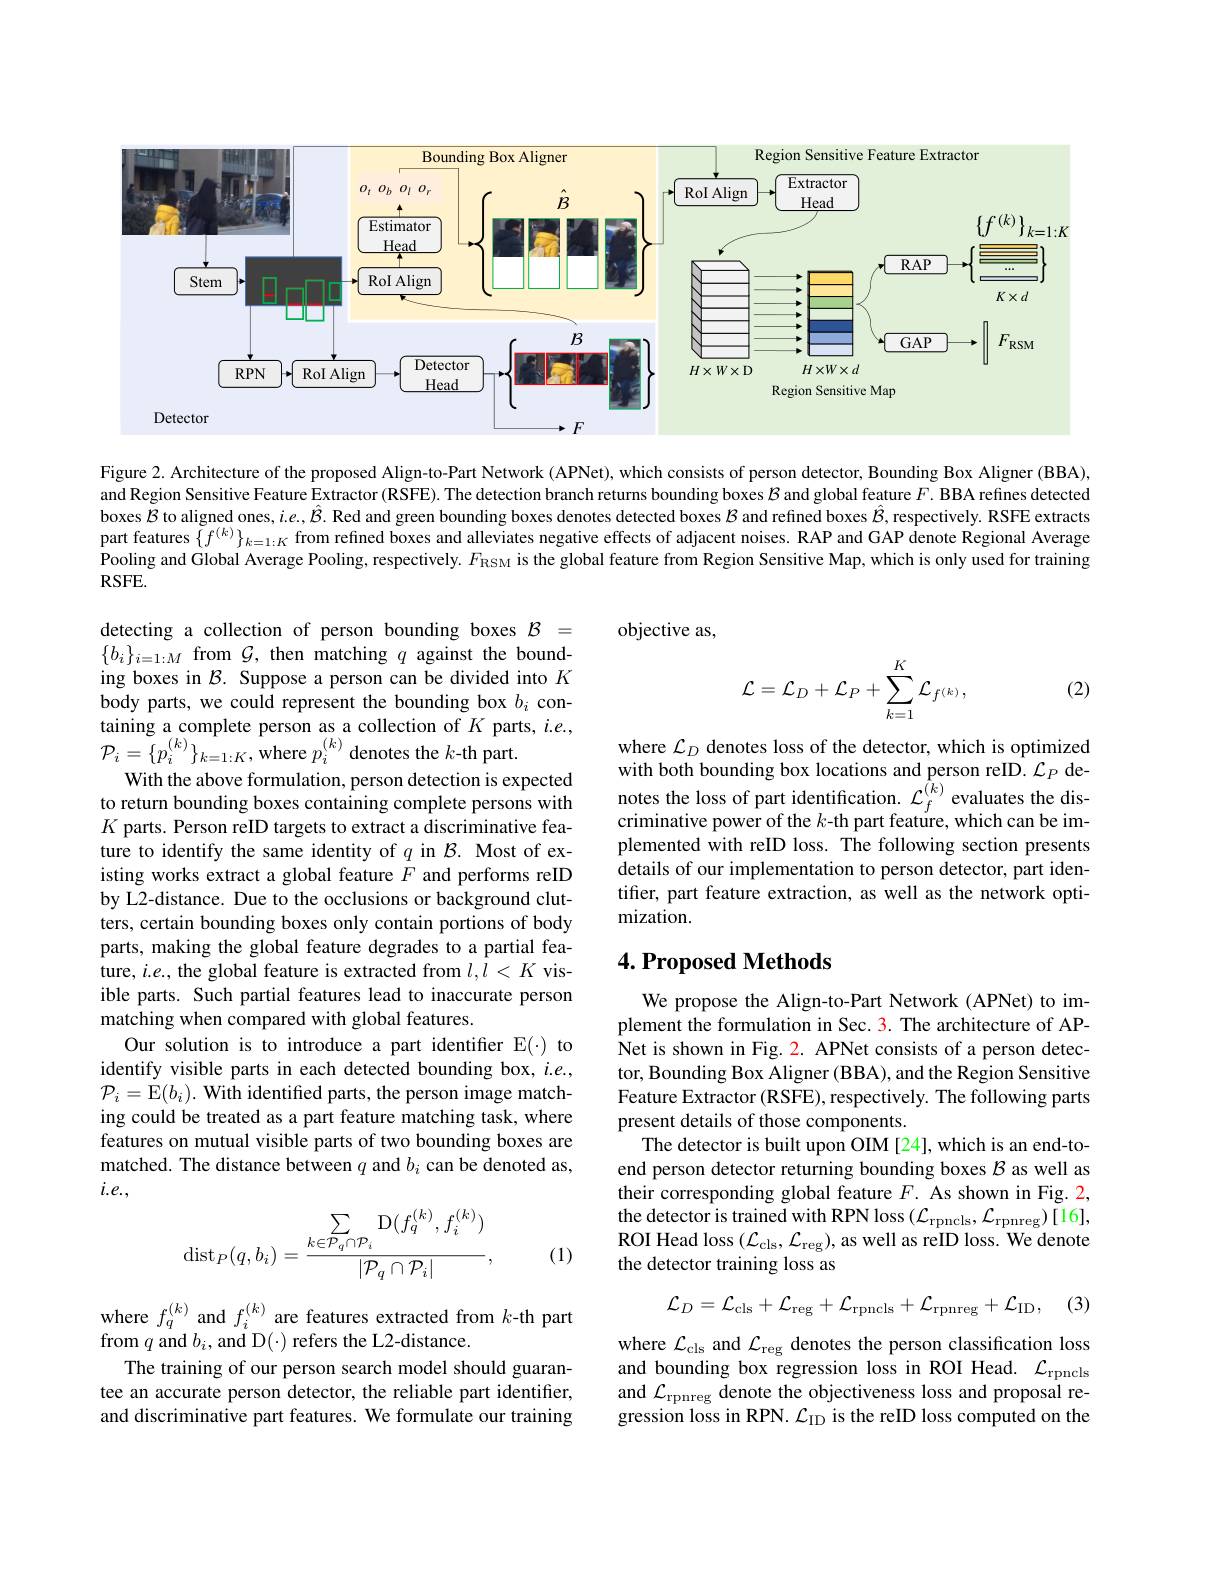
<FigureHere>

Figure 2. Architecture of the proposed Align-to-Part Network ( APNet), which consists of person detector, Bounding Box Aligner ( BBA), and Region Sensitive Feature Extractor (RSFE). The detection branch returns bounding boxes $\mathcal{B}$ and global feature $F.$ BBA refines detected boxes $\tilde{B}$ to aligned ones, $i.e.\hat{B}.$ Red and green bounding boxes denotes detected boxes $\mathcal{B}$ and refined boxes $\hat{\mathcal{B}}$, respectively. RSFE extracts part features $\{f^{(k)}\}_{k=1:K}$ from refined boxes and alleviates negative effects of adjacent noises. RAP and GAP denote Regional Average Pooling and Global Average Pooling, respectively. $F_{\mathrm{RSM}}$ is the global feature from Region Sensitive Map, which is only used for training $RSFE.$

objective as

(2)
$$\mathcal{L}=\mathcal{L}_{D}+\mathcal{L}_{P}+\sum_{k=1}^{K}\mathcal{L}_{f^{(k)}},$$
where $\mathcal{L}_D$ denotes loss of the detector, which is optimized with both bounding box locations and person reID. $\mathcal{L}_P$ denotes the loss of part identification. $\mathcal{L} _{f}^{( k) }$ evaluates the dis- criminative power of the $k$- th part feature, which can be implemented with reID loss. The following section presents details of our implementation to person detector, part identifier, part feature extraction, as well as the network optimization.

detecting a collection of person bounding boxes $\mathcal{B}=$ $\{b_i\}_{i=1:M}$ from $\mathcal{G}$, then matching $q$ against the bounding boxes in $\mathcal{B}.$ Suppose a person can be divided into $K$ body parts, we could represent the bounding box $b_i$ containing a complete person as a collection of $K$ parts, $i.e.$, ${\mathcal P}_{i}=\{p_{i}^{(k)}\}_{k=1:K}$,where $p_{i}^{(k)}$ denotes the $k$-th part.
With the above formulation, person detection is expected to return bounding boxes containing complete persons with $K$ parts. Person reID targets to extract a discriminative feature to identify the same identity of $q$ in $\mathcal{B}.$ Most of existing works extract a global feature $F$ and performs reID by L2-distance. Due to the occlusions or background clutters, certain bounding boxes only contain portions of body parts, making the global feature degrades to a partial feature, $i.e.$, the global feature is extracted from $l,\bar{l}<K$ visible parts. Such partial features lead to inaccurate person matching when compared with global features.
Our solution is to introduce a part identifer E(-) to identify visible parts in each detected bounding box, $i.e.$, $\mathcal{P}_{i}=$E$( b_i) . \textbf{ With identified parts, the person image match- }$ ing could be treated as a part feature matching task, where features on mutual visible parts of two bounding boxes are matched. The distance between $q$ and $b_i$ can be denoted as, $i.e.$,
$$\operatorname{dist}_P(q,b_i)=\frac{\sum\limits_{k\in\mathcal{P}_q\cap\mathcal{P}_i}\operatorname{D}(f_q^{(k)},f_i^{(k)})}{|\mathcal{P}_q\cap\mathcal{P}_i|},$$
## $4. \textbf{Proposed Methods}$

We propose the Align-to-Part Network (APNet) to implement the formulation in Sec. 3. The architecture of APNet is shown in Fig. 2. APNet consists of a person detector, Bounding Box Aligner (BBA), and the Region Sensitive Feature Extractor (RSFE), respectively. The following parts present details of those components.
The detector is built upon OIM [24], which is an end-toend person detector returning bounding boxes $\mathcal{B}$ as well as their corresponding global feature $F.$ As shown in Fig. 2, the detector is trained with RPN loss $(\mathcal{L}_\mathrm{rpncls},\mathcal{L}_\mathrm{rpnreg})[16]$, ROI Head loss $(\mathcal{L}_{\mathrm{cls}},\mathcal{L}_{\mathrm{reg}})$, as well as reID loss. We denote the detector training loss as

(1)
$$\mathcal{L}_{D}=\mathcal{L}_{\mathrm{cls}}+\mathcal{L}_{\mathrm{reg}}+\mathcal{L}_{\mathrm{rpncls}}+\mathcal{L}_{\mathrm{rpnreg}}+\mathcal{L}_{\mathrm{ID}},$$
(3)

where $f_q^{(k)}$ and $f_i^{(k)}$ are features extracted from $k$-th part
from $q$ and $b_i$, and D(-) refers the L2-distance.
The training of our person search model should guarantee an accurate person detector, the reliable part identifier, and discriminative part features. We formulate our training

where $\mathcal{L}_{\mathrm{cls}}$ and $\mathcal{L}_\mathrm{reg}$ denotes the person classification loss and bounding box regression loss in ROI Head. $\mathcal{L}_\mathrm{rpncls}$ and $\mathcal{L}_\mathrm{rpnreg}$ denote the objectiveness loss and proposal regression loss in RPN. $\mathcal{L}_\mathrm{ID}$ is the reID loss computed on the